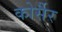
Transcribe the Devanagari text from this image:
कोर्सैर